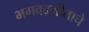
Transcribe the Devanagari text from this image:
भगवद्गीताचे